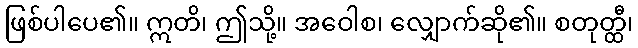
ဖြစ်ပါပေ၏။ ဣတိ၊ ဤသို့။ အဝေါစ၊ လျှောက်ဆို၏။ စတုတ္ထီ၊